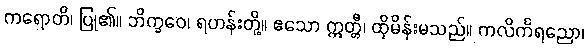
ကရောတိ၊ ပြု၏။ ဘိက္ခဝေ၊ ရဟန်းတို့။ ဧသော ဣတ္တီ၊ ထိုမိန်းမသည်။ ကလိင်္ကရညော၊